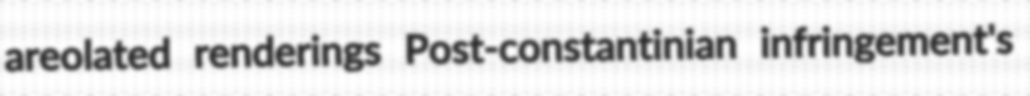
areolated renderings Post-constantinian infringement's